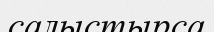
салыстырса